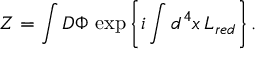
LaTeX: Z = \int { \cal D } \Phi \, \exp \left\{ i \int d ^ { 4 } x \, { \cal L } _ { r e d } \right\} .